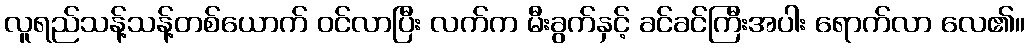
လူရည်သန့်သန့်တစ်ယောက် ဝင်လာပြီး လက်က မီးခွက်နှင့် ခင်ခင်ကြီးအပါး ရောက်လာ လေ၏။